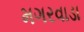
મગરવાડા